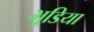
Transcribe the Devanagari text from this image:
भूडि़या